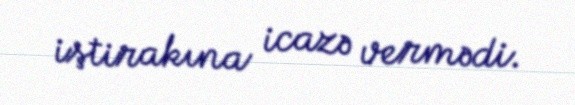
iştirakına icazə vermədi.